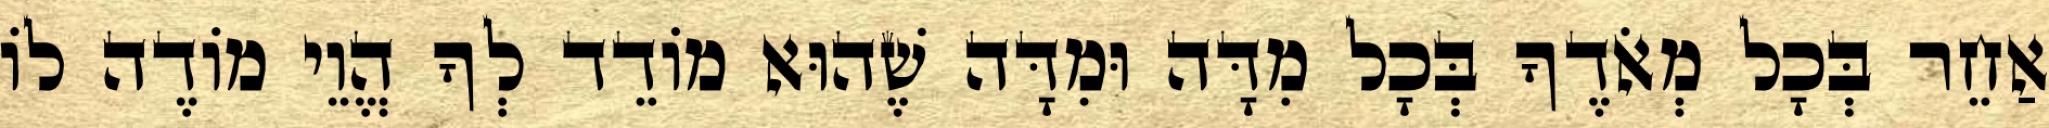
אַחֵר בְּכָל מְאֹדֶךָ בְּכָל מִדָּה וּמִדָּה שֶׁהוּא מוֹדֵד לְךָ הֱוֵי מוֹדֶה לוֹ